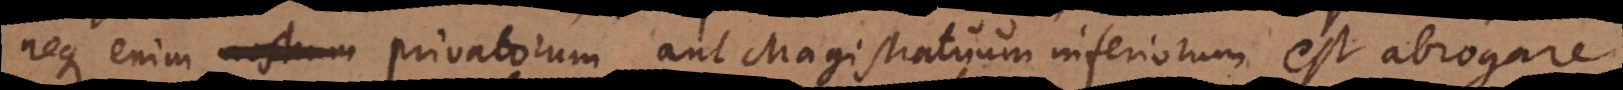
neque enim nostrum privatorum aut Magistratuum inferiorum est abrogare